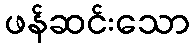
ဖန်ဆင်းသော